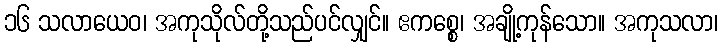
၁၆ သလာယေဝ၊ အကုသိုလ်တို့သည်ပင်လျှင်။ ဧကစ္စေ၊ အချို့ကုန်သော။ အကုသလာ၊